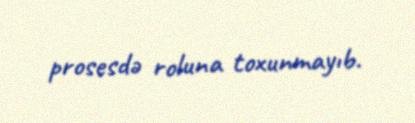
prosesdə roluna toxunmayıb.